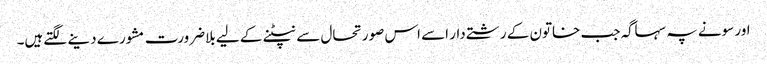
اور سونے پہ سہاگہ جب خاتون کے رشتےدار اسے اس صورتحال سے نپٹنے کے لیے بلاضرورت مشورے دینے لگتےہیں۔